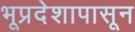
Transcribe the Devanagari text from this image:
भूप्रदेशापासून